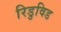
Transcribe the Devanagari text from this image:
रिडुविड